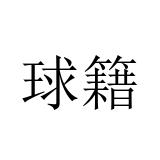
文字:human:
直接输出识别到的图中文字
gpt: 球籍